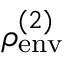
\rho _ { \mathrm { e n v } } ^ { ( 2 ) }